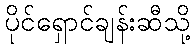
ပိုင်ရှောင်ချန်းဆီသို့